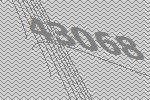
43068